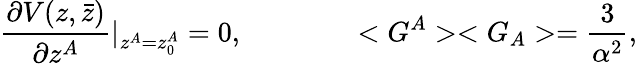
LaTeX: \frac{\partial V(z,\bar{z})}{\partial z^{A}}\vert_{z^{A}=z_{0}^{A}}=0,\qquad\qquad<G^{A}><G_{A}>=\frac{3}{\alpha^{2}},